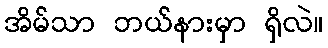
အိမ်သာ ဘယ်နားမှာ ရှိလဲ။